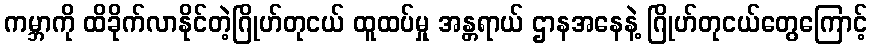
ကမ္ဘာကို ထိခိုက်လာနိုင်တဲ့ဂြိုဟ်တုငယ် ထူထပ်မှု အန္တရာယ် ဌာနအနေနဲ့ ဂြိုဟ်တုငယ်တွေကြောင့်